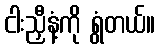
ငါးညှီနံ့ကို ရွံတယ်။